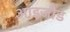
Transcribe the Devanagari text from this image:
आइजौड